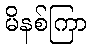
မိနစ်ကြာ